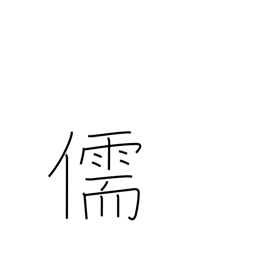
Meaning: Confucian